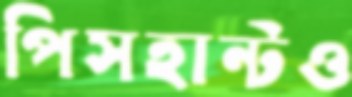
পিসহান্টও